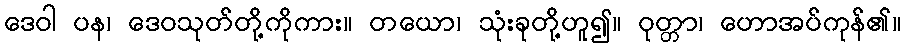
ဒေဝါ ပန၊ ဒေဝသုတ်တို့ကိုကား။ တယော၊ သုံးခုတို့ဟူ၍။ ဝုတ္တာ၊ ဟောအပ်ကုန်၏။